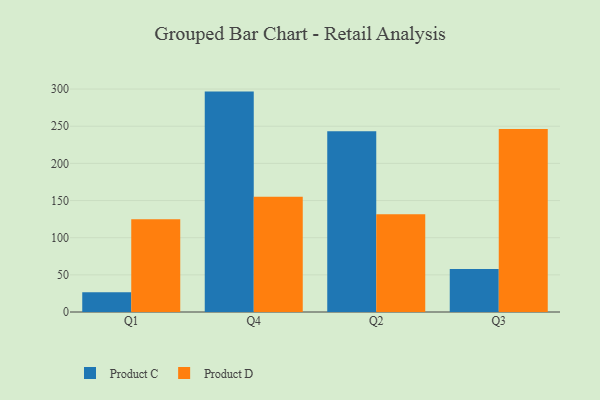
{"axis": {"x": "Quarter", "y": "Humidity (%)"}, "legend": ["Product C", "Product D"], "data": [{"x": "Q1", "y": 26.6, "type": "Product C"}, {"x": "Q1", "y": 124.7, "type": "Product D"}, {"x": "Q4", "y": 296.6, "type": "Product C"}, {"x": "Q4", "y": 155.0, "type": "Product D"}, {"x": "Q2", "y": 243.1, "type": "Product C"}, {"x": "Q2", "y": 131.5, "type": "Product D"}, {"x": "Q3", "y": 57.9, "type": "Product C"}, {"x": "Q3", "y": 246.3, "type": "Product D"}]}